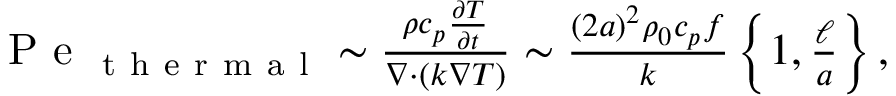
\begin{array} { r } { \mathrm { ~ P ~ e ~ } _ { \mathrm { ~ t ~ h ~ e ~ r ~ m ~ a ~ l ~ } } \sim \frac { \rho c _ { p } \frac { \partial T } { \partial t } } { \nabla \cdot ( k \nabla T ) } \sim \frac { ( 2 a ) ^ { 2 } \rho _ { 0 } c _ { p } f } { k } \left\{ 1 , \frac { \ell } { a } \right\} , } \end{array}